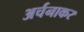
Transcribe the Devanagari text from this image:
अर्चनाकर